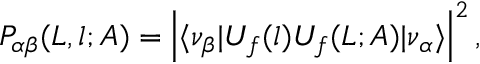
P _ { \alpha \beta } ( L , l ; A ) = \left\vert \langle \nu _ { \beta } \vert U _ { f } ( l ) U _ { f } ( L ; A ) \vert \nu _ { \alpha } \rangle \right\vert ^ { 2 } ,